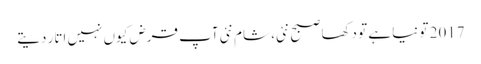
2017 تو نیا ہے تو دکھا صبح نئی، شام نئی	 آپ قرض کیوں نہیں اتار دیتے